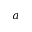
a